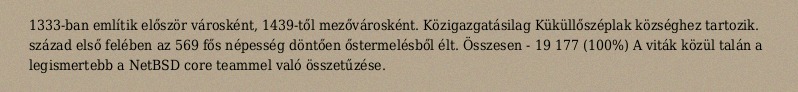
1333-ban említik először városként, 1439-től mezővárosként. Közigazgatásilag Küküllőszéplak községhez tartozik. század első felében az 569 fős népesség döntően őstermelésből élt. Összesen - 19 177 (100%) A viták közül talán a legismertebb a NetBSD core teammel való összetűzése.